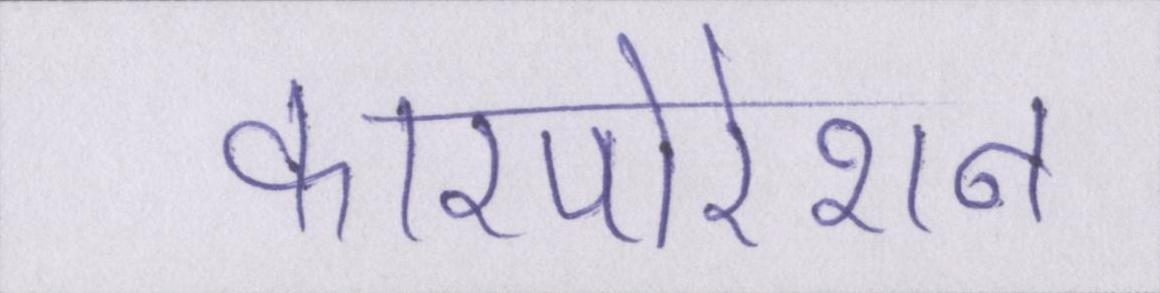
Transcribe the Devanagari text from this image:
कारपोरेशन